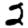
Digit: 2